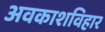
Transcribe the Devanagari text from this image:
अवकाशविहार